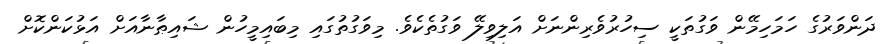
ދަންވަރުގެ ހަމަހިމޭން ވަގުތަކީ ސިހުރުވެރިންނަށް އަލިވިލޭ ވަގުތެކެވެ. މިވަގުތުގައި މިބައިމީހުން ޝައިޠާނާއަށް އަޅުކަންކޮށް